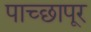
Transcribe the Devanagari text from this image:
पाच्छापूर